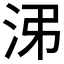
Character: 𱦃